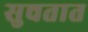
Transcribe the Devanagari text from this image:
सुचतात